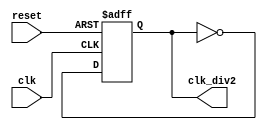
//------------------------------------------------------------------------
//-- Title      : Clock Divider
//-- Project    : Tri-Mode Ethernet MAC
//------------------------------------------------------------------------
//-- File       : clk_half.v
//-- Author     : Xilinx Inc.
//------------------------------------------------------------------------
//-- Copyright (c) 2004 Xilinx Inc.
//------------------------------------------------------------------------
//-- Description:  Take CLK input and generate CLK/2 
//--               This is used to generate the core clock signals from 
//--               the GMII/MII clock inputs at 10Mb/s and 100Mb/s.    

module clk_half
  (reset,
   clk,
   clk_div2
    );

  input  reset;
  input  clk;
  output clk_div2;

  // synthesis attribute ASYNC_REG of reg1_out is "TRUE";

  reg  reg1_out;
  wire reg1_out_inv;
  
  always @(posedge clk or posedge reset)
  begin
    if (reset == 1'b1)
      reg1_out    <= 1'b0;
    else
      reg1_out    <= reg1_out_inv;
  end

  assign reg1_out_inv = ~(reg1_out);  
  assign clk_div2     = reg1_out;
  
endmodule